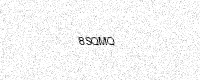
Text: 8SQMQ